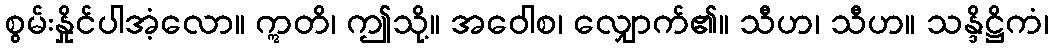
စွမ်းနှိုင်ပါအံ့လော။ ဣတိ၊ ဤသို့။ အဝေါစ၊ လျှောက်၏။ သီဟ၊ သီဟ။ သန္ဒိဋ္ဌိကံ၊